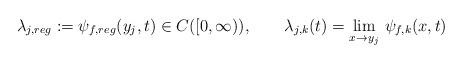
LaTeX: \begin{align*}\lambda_{j,reg}:=\psi_{f,reg}(y_j,t)\in C([0,\infty)),\qquad\lambda_{j,k}(t)=\lim_{x \to y_j}\,\psi_{f,k}(x,t)\end{align*}